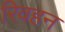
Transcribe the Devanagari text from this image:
रिवहन